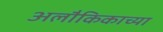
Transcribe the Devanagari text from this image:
अलौकिकाच्या